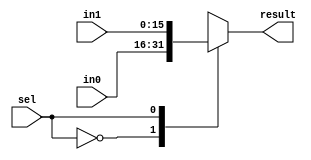
`timescale 1ns / 1ps
//////////////////////////////////////////////////////////////////////////////////
// Company: 
// Engineer: 
// 
// Design Name: 
// Module Name: mux_2
// Project Name: 
// Target Devices: 
// Tool Versions: 
// Description: 
// 
// Dependencies: 
// 
// Revision:
// Revision 0.01 - File Created
// Additional Comments:
// 
//////////////////////////////////////////////////////////////////////////////////


module mux_2(
    input [15:0] in0,
    input [15:0] in1,
    input sel,
    output reg [15:0] result
    );
    
    always @(in0, in1, sel)
    begin
    
    result = 0;
    
    case (sel)
    0 : result = in0;
    1 : result = in1;
    
    default : result = in0;
    endcase
    
    end
endmodule